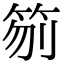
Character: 𥬼